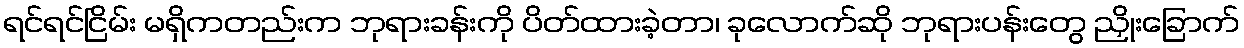
ရင်ရင်ငြိမ်း မရှိကတည်းက ဘုရားခန်းကို ပိတ်ထားခဲ့တာ၊ ခုလောက်ဆို ဘုရားပန်းတွေ ညှိုးခြောက်